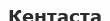
Кентаста